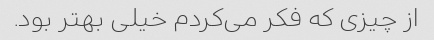
از چیزی که فکر می‌کردم خیلی بهتر بود.